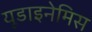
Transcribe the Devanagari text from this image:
यूडाइनेमिस